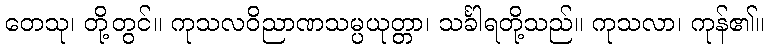
တေသု၊ တို့တွင်။ ကုသလဝိညာဏသမ္ပယုတ္တာ၊ သင်္ခါရတို့သည်။ ကုသလာ၊ ကုန်၏။